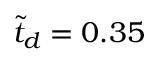
\tilde { t } _ { d } = 0 . 3 5